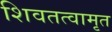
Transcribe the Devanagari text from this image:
शिवतत्वामृत